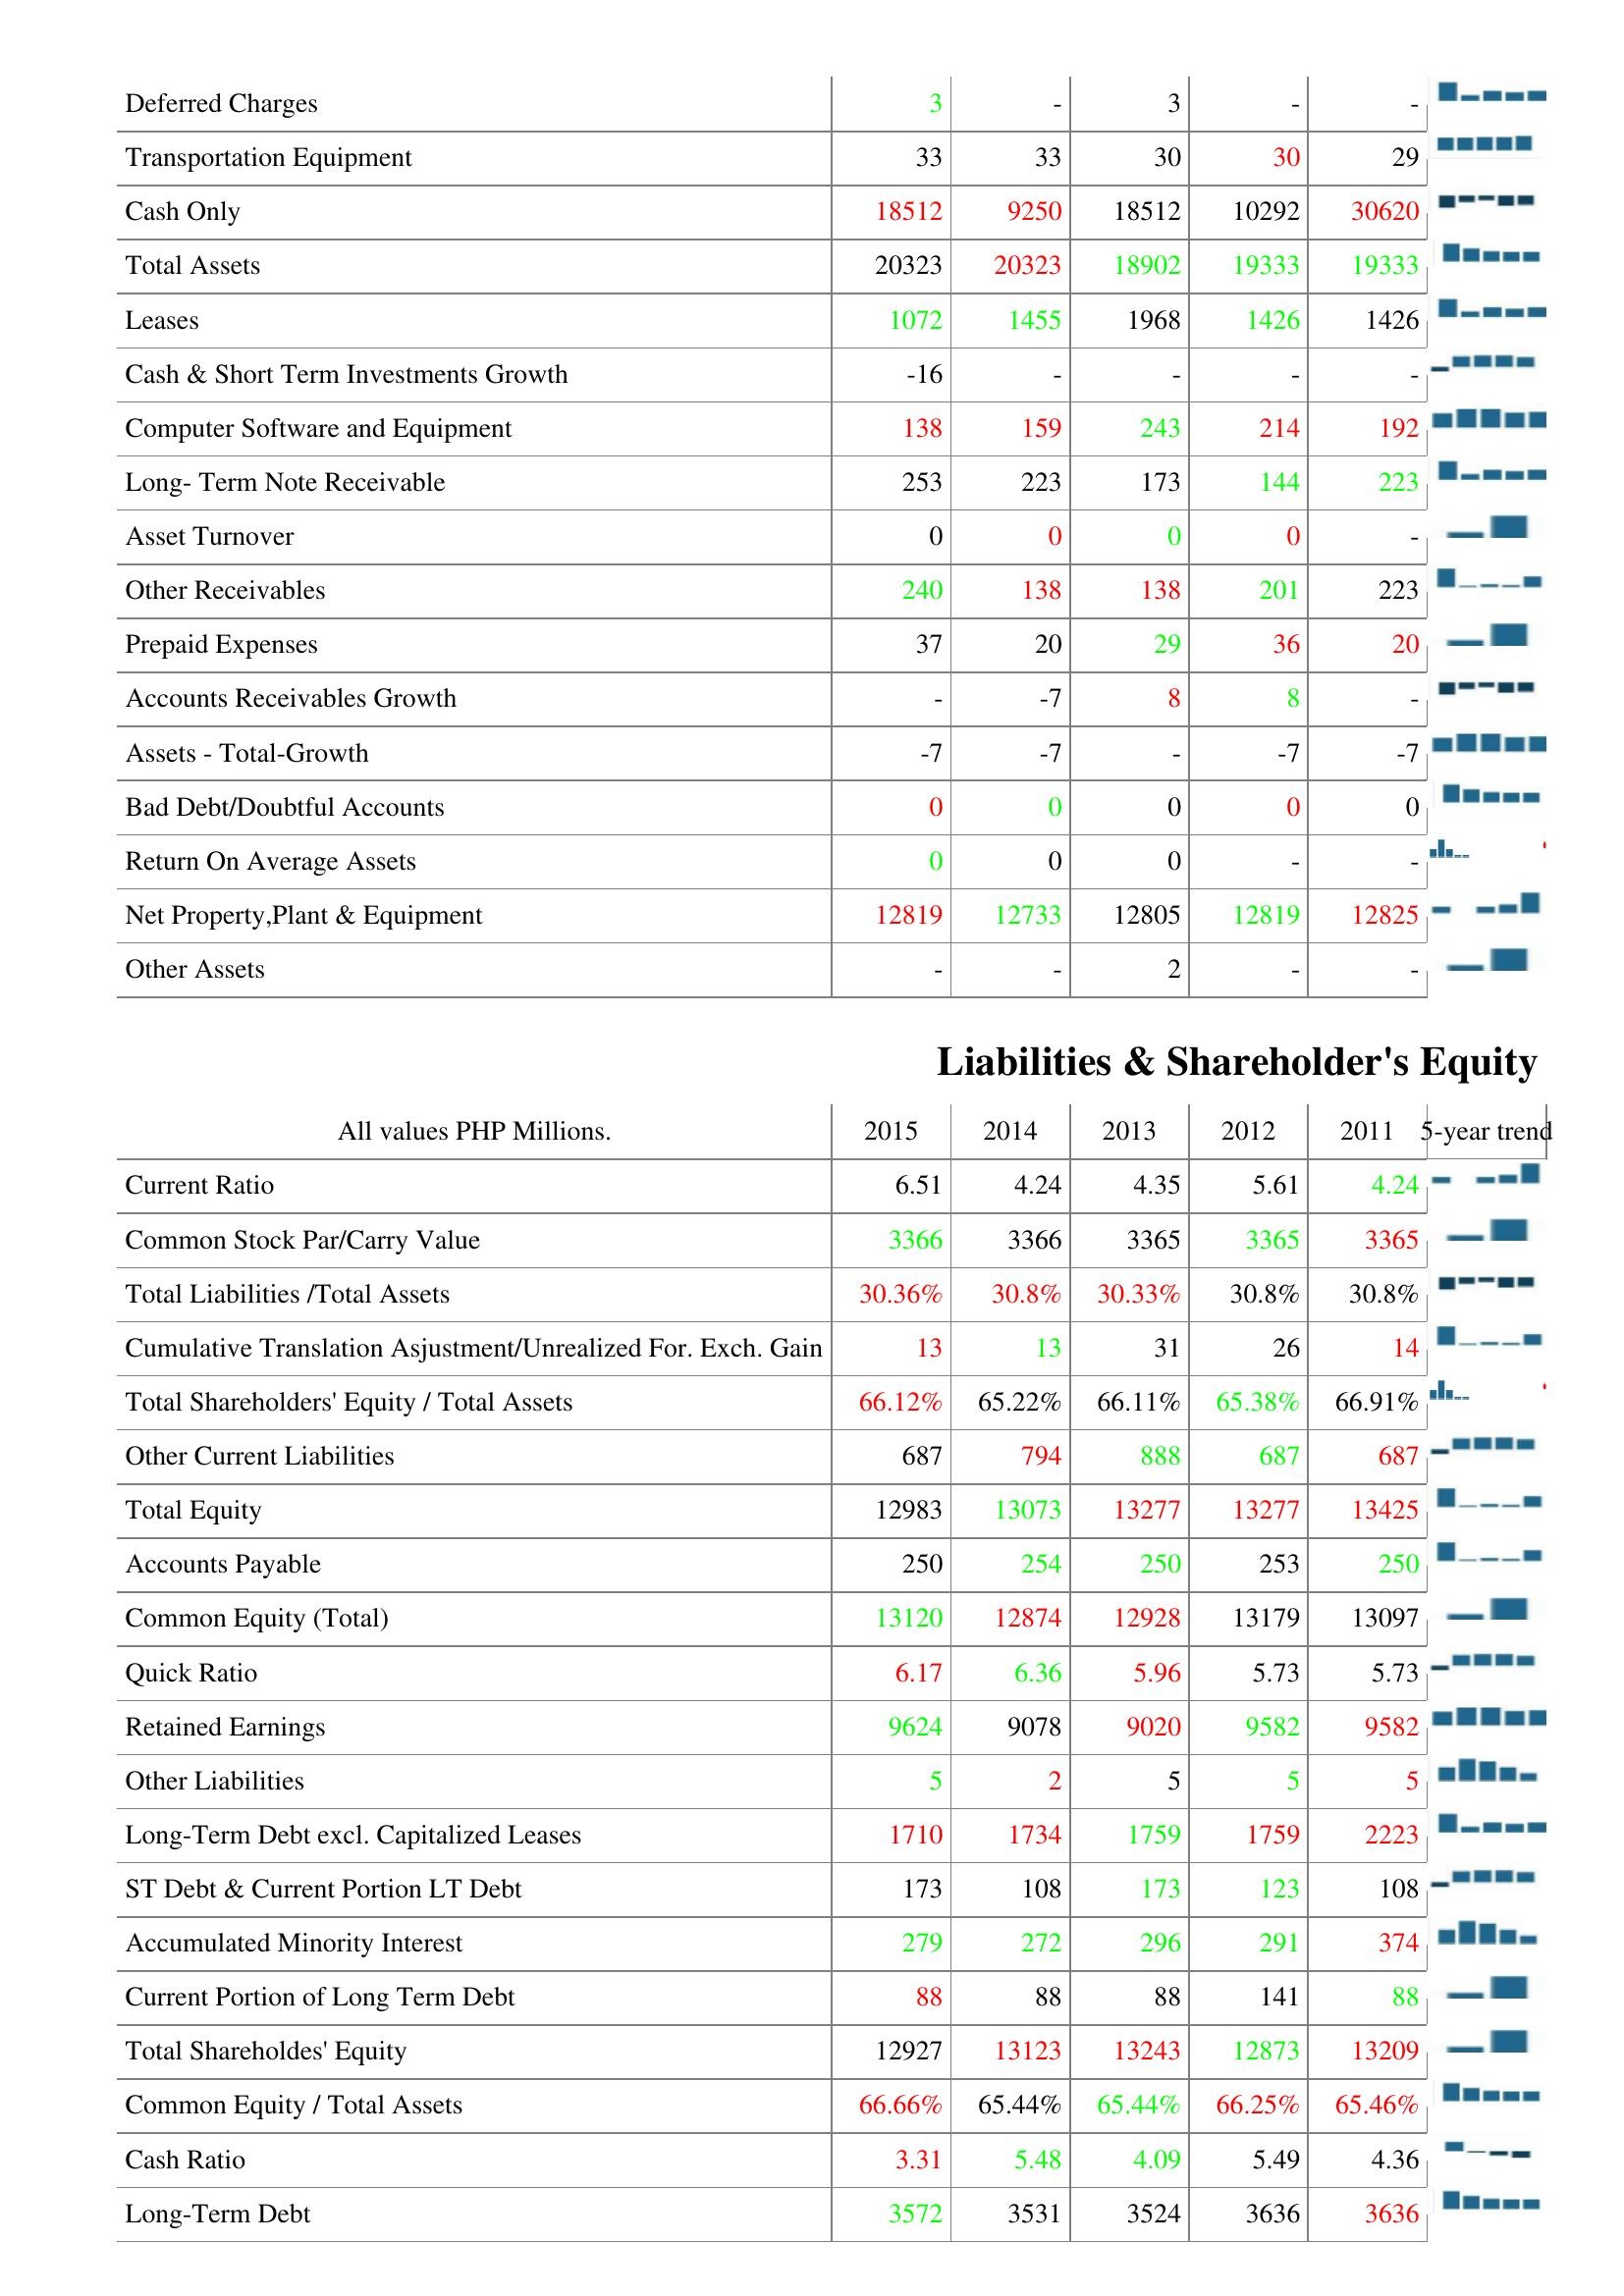
2015: Assets: Deferred Charges: 3
Transportation Equipment: 33
Cash Only: 18512
Total Assets: 20323
Leases: 1072
Cash & Short Term Investments Growth: -16
Computer Software and Equipment: 138
Long- Term Note Receivable: 253
Asset Turnover: 0
Other Receivables: 240
Prepaid Expenses: 37
Accounts Receivables Growth: -
Assets - Total-Growth: -7
Bad Debt/Doubtful Accounts: 0
Return On Average Assets: 0
Net Property,Plant & Equipment: 12819
Other Assets: -
Liabilities & Shareholder's Equity: Current Ratio: 6.51
Common Stock Par/Carry Value: 3366
Total Liabilities /Total Assets: 30.36%
Cumulative Translation Asjustment/Unrealized For. Exch. Gain: 13
Total Shareholders' Equity / Total Assets: 66.12%
Other Current Liabilities: 687
Total Equity: 12983
Accounts Payable: 250
Common Equity (Total): 13120
Quick Ratio: 6.17
Retained Earnings: 9624
Other Liabilities: 5
Long-Term Debt excl. Capitalized Leases: 1710
ST Debt & Current Portion LT Debt: 173
Accumulated Minority Interest: 279
Current Portion of Long Term Debt: 88
Total Shareholdes' Equity: 12927
Common Equity / Total Assets: 66.66%
Cash Ratio: 3.31
Long-Term Debt: 3572
2014: Assets: Deferred Charges: -
Transportation Equipment: 33
Cash Only: 9250
Total Assets: 20323
Leases: 1455
Cash & Short Term Investments Growth: -
Computer Software and Equipment: 159
Long- Term Note Receivable: 223
Asset Turnover: 0
Other Receivables: 138
Prepaid Expenses: 20
Accounts Receivables Growth: -7
Assets - Total-Growth: -7
Bad Debt/Doubtful Accounts: 0
Return On Average Assets: 0
Net Property,Plant & Equipment: 12733
Other Assets: -
Liabilities & Shareholder's Equity: Current Ratio: 4.24
Common Stock Par/Carry Value: 3366
Total Liabilities /Total Assets: 30.8%
Cumulative Translation Asjustment/Unrealized For. Exch. Gain: 13
Total Shareholders' Equity / Total Assets: 65.22%
Other Current Liabilities: 794
Total Equity: 13073
Accounts Payable: 254
Common Equity (Total): 12874
Quick Ratio: 6.36
Retained Earnings: 9078
Other Liabilities: 2
Long-Term Debt excl. Capitalized Leases: 1734
ST Debt & Current Portion LT Debt: 108
Accumulated Minority Interest: 272
Current Portion of Long Term Debt: 88
Total Shareholdes' Equity: 13123
Common Equity / Total Assets: 65.44%
Cash Ratio: 5.48
Long-Term Debt: 3531
2013: Assets: Deferred Charges: 3
Transportation Equipment: 30
Cash Only: 18512
Total Assets: 18902
Leases: 1968
Cash & Short Term Investments Growth: -
Computer Software and Equipment: 243
Long- Term Note Receivable: 173
Asset Turnover: 0
Other Receivables: 138
Prepaid Expenses: 29
Accounts Receivables Growth: 8
Assets - Total-Growth: -
Bad Debt/Doubtful Accounts: 0
Return On Average Assets: 0
Net Property,Plant & Equipment: 12805
Other Assets: 2
Liabilities & Shareholder's Equity: Current Ratio: 4.35
Common Stock Par/Carry Value: 3365
Total Liabilities /Total Assets: 30.33%
Cumulative Translation Asjustment/Unrealized For. Exch. Gain: 31
Total Shareholders' Equity / Total Assets: 66.11%
Other Current Liabilities: 888
Total Equity: 13277
Accounts Payable: 250
Common Equity (Total): 12928
Quick Ratio: 5.96
Retained Earnings: 9020
Other Liabilities: 5
Long-Term Debt excl. Capitalized Leases: 1759
ST Debt & Current Portion LT Debt: 173
Accumulated Minority Interest: 296
Current Portion of Long Term Debt: 88
Total Shareholdes' Equity: 13243
Common Equity / Total Assets: 65.44%
Cash Ratio: 4.09
Long-Term Debt: 3524
2012: Assets: Deferred Charges: -
Transportation Equipment: 30
Cash Only: 10292
Total Assets: 19333
Leases: 1426
Cash & Short Term Investments Growth: -
Computer Software and Equipment: 214
Long- Term Note Receivable: 144
Asset Turnover: 0
Other Receivables: 201
Prepaid Expenses: 36
Accounts Receivables Growth: 8
Assets - Total-Growth: -7
Bad Debt/Doubtful Accounts: 0
Return On Average Assets: -
Net Property,Plant & Equipment: 12819
Other Assets: -
Liabilities & Shareholder's Equity: Current Ratio: 5.61
Common Stock Par/Carry Value: 3365
Total Liabilities /Total Assets: 30.8%
Cumulative Translation Asjustment/Unrealized For. Exch. Gain: 26
Total Shareholders' Equity / Total Assets: 65.38%
Other Current Liabilities: 687
Total Equity: 13277
Accounts Payable: 253
Common Equity (Total): 13179
Quick Ratio: 5.73
Retained Earnings: 9582
Other Liabilities: 5
Long-Term Debt excl. Capitalized Leases: 1759
ST Debt & Current Portion LT Debt: 123
Accumulated Minority Interest: 291
Current Portion of Long Term Debt: 141
Total Shareholdes' Equity: 12873
Common Equity / Total Assets: 66.25%
Cash Ratio: 5.49
Long-Term Debt: 3636
2011: Assets: Deferred Charges: -
Transportation Equipment: 29
Cash Only: 30620
Total Assets: 19333
Leases: 1426
Cash & Short Term Investments Growth: -
Computer Software and Equipment: 192
Long- Term Note Receivable: 223
Asset Turnover: -
Other Receivables: 223
Prepaid Expenses: 20
Accounts Receivables Growth: -
Assets - Total-Growth: -7
Bad Debt/Doubtful Accounts: 0
Return On Average Assets: -
Net Property,Plant & Equipment: 12825
Other Assets: -
Liabilities & Shareholder's Equity: Current Ratio: 4.24
Common Stock Par/Carry Value: 3365
Total Liabilities /Total Assets: 30.8%
Cumulative Translation Asjustment/Unrealized For. Exch. Gain: 14
Total Shareholders' Equity / Total Assets: 66.91%
Other Current Liabilities: 687
Total Equity: 13425
Accounts Payable: 250
Common Equity (Total): 13097
Quick Ratio: 5.73
Retained Earnings: 9582
Other Liabilities: 5
Long-Term Debt excl. Capitalized Leases: 2223
ST Debt & Current Portion LT Debt: 108
Accumulated Minority Interest: 374
Current Portion of Long Term Debt: 88
Total Shareholdes' Equity: 13209
Common Equity / Total Assets: 65.46%
Cash Ratio: 4.36
Long-Term Debt: 3636